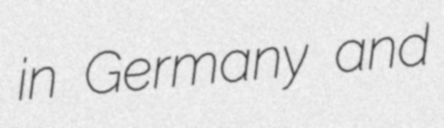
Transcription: in Germany and